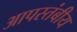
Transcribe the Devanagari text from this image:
आपस्तंबीय